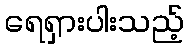
ရေရှားပါးသည့်